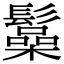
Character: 𩯟